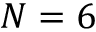
N = 6